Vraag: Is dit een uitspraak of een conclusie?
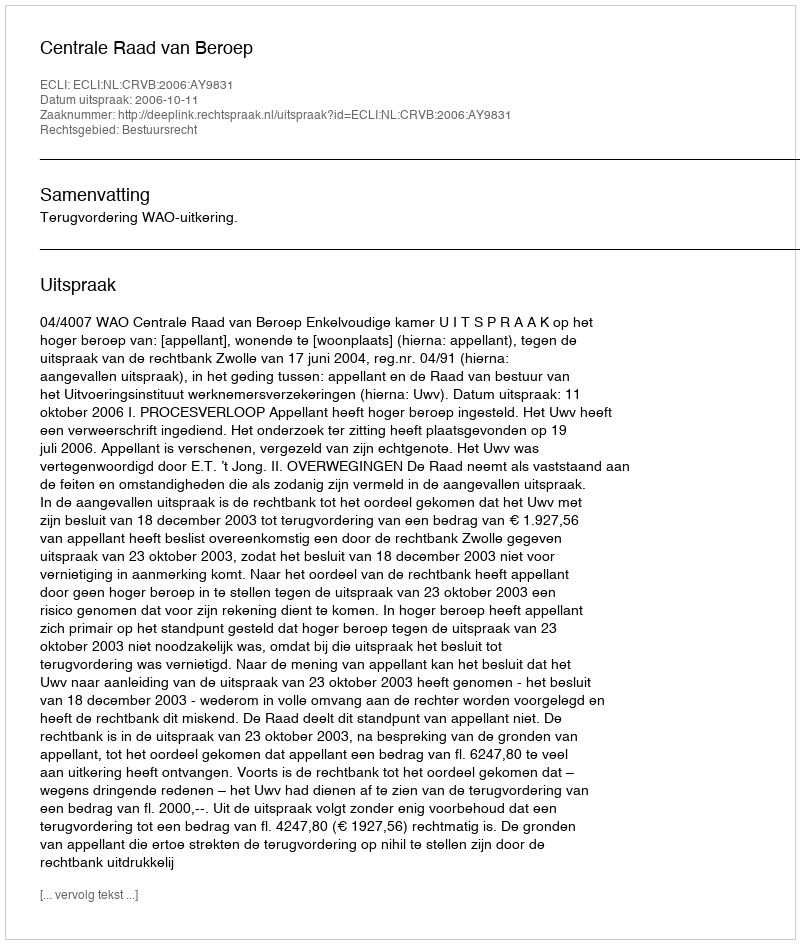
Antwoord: Uitspraak